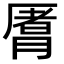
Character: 𬂈